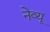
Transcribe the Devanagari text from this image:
नेव्यू